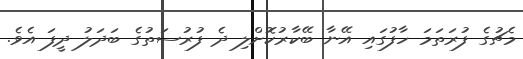
މެޗުގެ ފުރަތަމަ ހާފުގައި އޭނާ ބޭކާރުކޮށްލި ދެ ފުރުސަތުގެ ބަދަލު ދީފަ އެވެ.